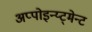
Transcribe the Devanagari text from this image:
अप्पोइन्य्ट्मेन्ट